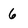
Character: 6